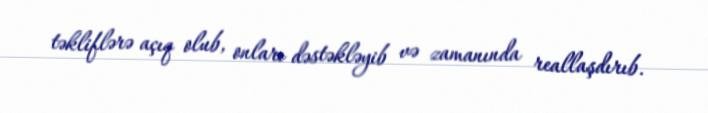
təkliflərə açıq olub, onları dəstəkləyib və zamanında reallaşdırıb.